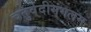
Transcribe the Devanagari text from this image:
चतुर्वेदीमंगलम